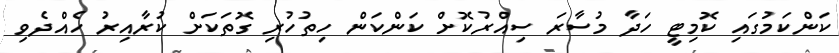
ކަންކަމުގައި ކޮމިޓީ ހަދާ މުސާރަ ސިއްރުކޮށް ކަންކަން ހިތުހުރި ގޮތަކަށް ކުރާއިރު ހެއްދެވި